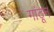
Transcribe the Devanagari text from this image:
गांठून